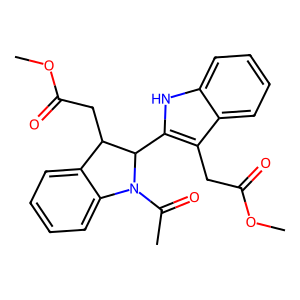
SMILES: COC(=O)Cc1c(C2C(CC(=O)OC)c3ccccc3N2C(C)=O)[nH]c2ccccc12
Inhibits HIV replication: No